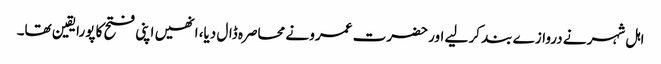
اہل شہر نے دروازے بند کر لیے اور حضرت عمرو نے محاصرہ ڈال دیا، انھیں اپنی فتح کا پورایقین تھا۔